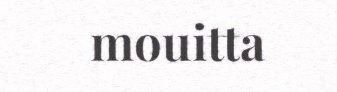
mouitta